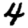
Digit: 4